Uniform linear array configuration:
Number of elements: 48
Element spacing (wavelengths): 1
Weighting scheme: hann
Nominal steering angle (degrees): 0
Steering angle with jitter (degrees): -1.212
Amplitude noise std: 0.05
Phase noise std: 0.05

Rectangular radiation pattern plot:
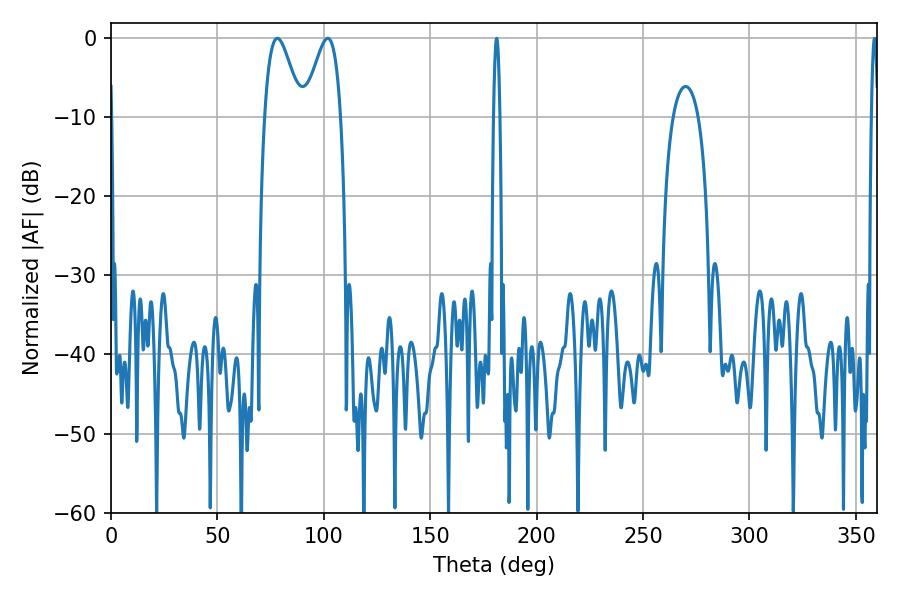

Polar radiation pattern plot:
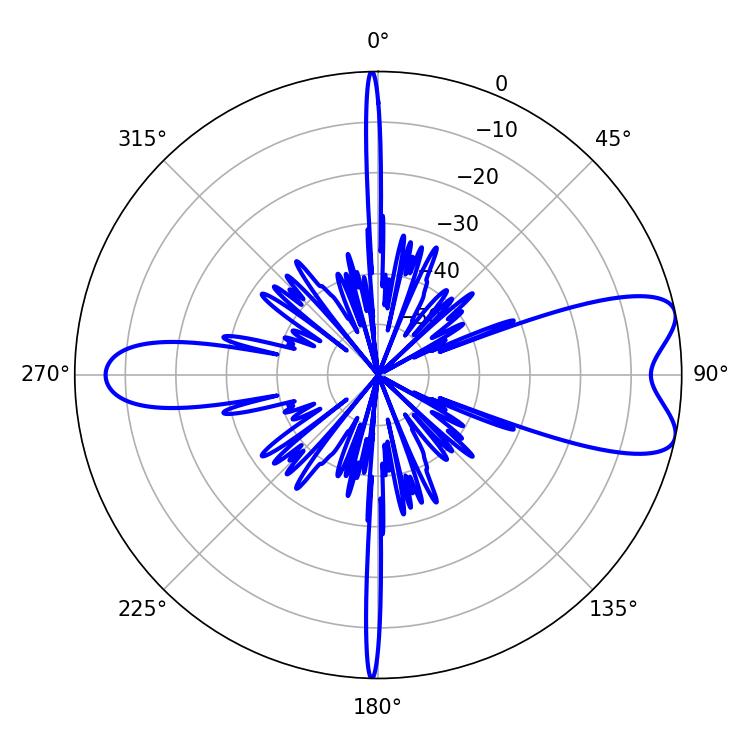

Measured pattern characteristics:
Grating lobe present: TRUE
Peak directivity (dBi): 8.214
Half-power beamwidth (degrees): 9.18
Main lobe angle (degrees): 78.12